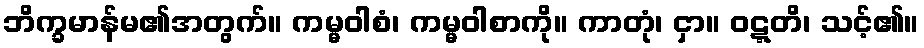
ဘိက္ခမာန်မ၏အတွက်။ ကမ္မဝါစံ၊ ကမ္မဝါစာကို။ ကာတုံ၊ ငှာ။ ဝဋ္ဋတိ၊ သင့်၏။